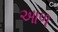
આળ